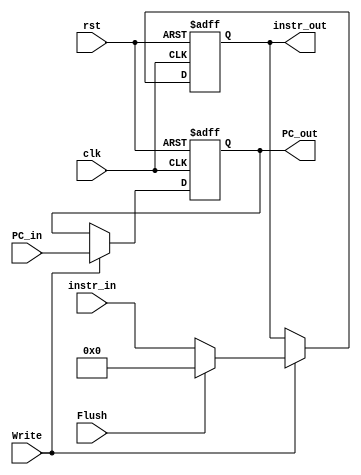
module ID_Pipeline_Reg
(   input               clk,                  
    input               rst,
    input               Write,
    input               Flush,               
    input       [31:0]  instr_in,   
    input       [31:0]  PC_in,      
    output  reg [31:0]  instr_out,
    output  reg [31:0]  PC_out
);  // output data

always @(posedge clk or negedge rst) begin
    if (~rst) begin
        instr_out   <= 32'b0;  // reset the register to 0
        PC_out      <= 32'b0;
    end 
    else if (Write) begin
        instr_out   <= Flush? 32'b0 : instr_in;     // store the input data in the register
        PC_out      <= PC_in;
    end
end

endmodule